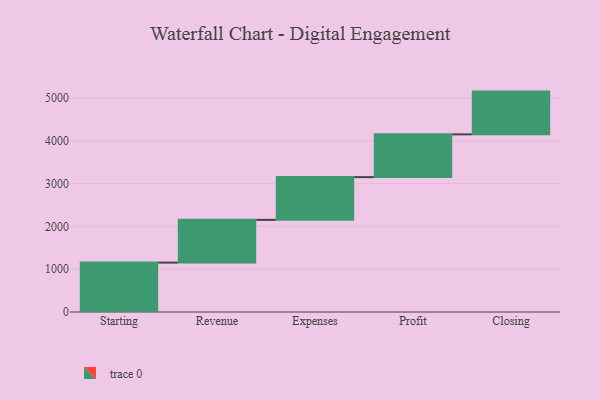
{"axis": {"x": "Step", "y": "Value"}, "legend": [""], "data": [{"x": "Starting", "y": 1155.0, "type": ""}, {"x": "Revenue", "y": 1000, "type": ""}, {"x": "Expenses", "y": 1000, "type": ""}, {"x": "Profit", "y": 1000, "type": ""}, {"x": "Closing", "y": 1000, "type": ""}]}